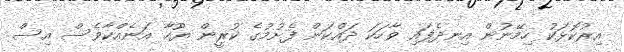
އިރުކޮޅަކު ހިމޭނުން އިނދެފައި ވާހަކަ ދައްކަން ފެށުމުގެ ކުރީން ޔޫހާ އަނެއްކާވެސް އިސް